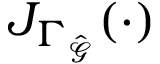
J _ { \Gamma _ { \hat { \mathcal { G } } } } ( \cdot )